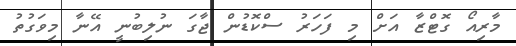
މާރިއޯ ގޮޓްޒާ އަށް މި ފަހަރު ސްކޮޑުން ޖާގަ ނުލިބުނީ އޭނާ މިވަގުތު